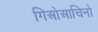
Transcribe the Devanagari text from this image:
गिओआचिनो